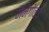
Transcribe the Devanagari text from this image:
मैनेगोल्ड